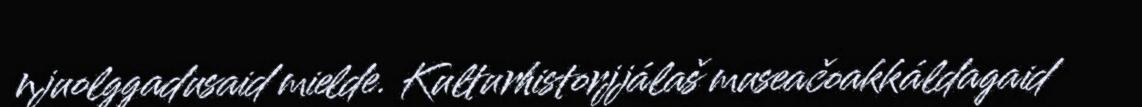
njuolggadusaid mielde. Kulturhistorjjálaš museačoakkáldagaid